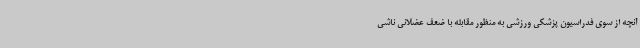
آنچه از سوی فدراسیون پزشکی ورزشی به منظور مقابله با ضعف عضلانی ناشی